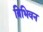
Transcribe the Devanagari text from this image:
त्रिभिवन